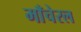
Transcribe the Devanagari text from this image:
माँचेरल